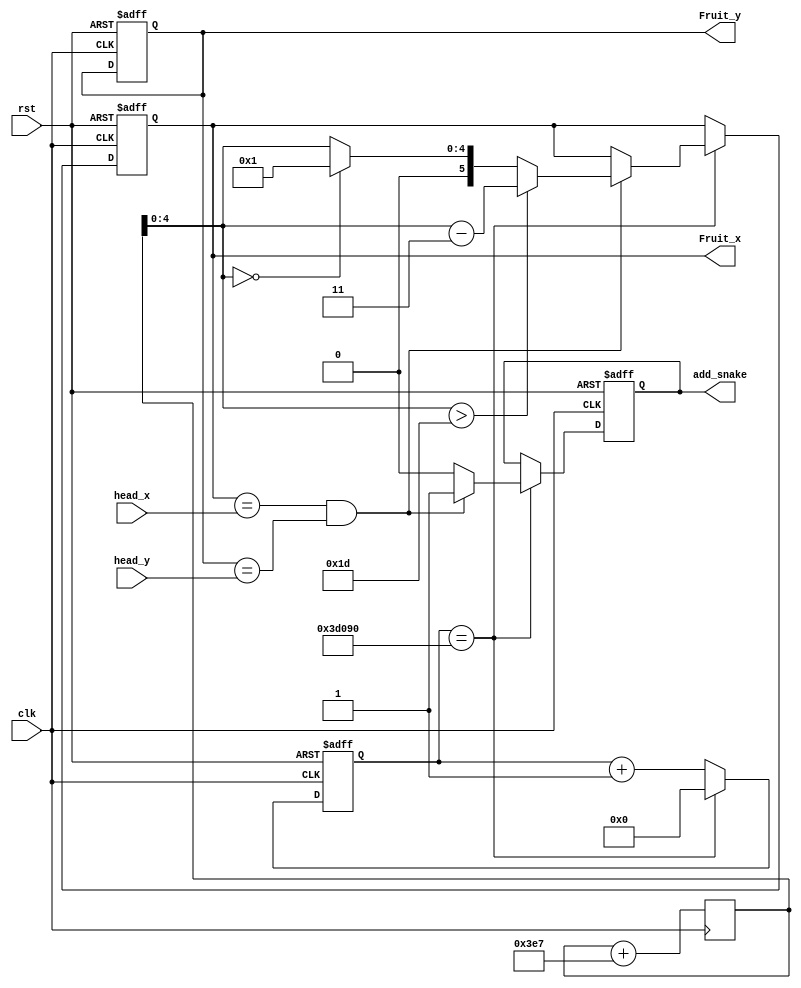
`timescale 1ns / 1ps
//////////////////////////////////////////////////////////////////////////////////
// Company: 
// Engineer: 
// 
// Design Name: 
// Module Name: Fruit_generate
// Project Name: 
// Target Devices: 
// Tool Versions: 
// Description:  
// 
// Dependencies: 
// 
// Revision:
// Revision 0.01 - File Created
// Additional Comments:
// 
//////////////////////////////////////////////////////////////////////////////////


//
module Fruit_generate
(
	input clk,
	input rst,
	
	input [5:0]head_x, //  
	input [5:0]head_y,
	output reg [5:0]Fruit_x,
	output reg [4:0]Fruit_y,
	output reg add_snake
);

	reg [31:0]clk_cnt;
	reg [10:0]random_num;
	
	always@(posedge clk)
		random_num <= random_num + 999; ///// ??????
		//  11     x 6 ,  y5
	
	always@(posedge clk or negedge rst) begin
		if(!rst) begin
			clk_cnt <= 0;
			Fruit_x <= 13;
			Fruit_y <= 9;
			add_snake <= 0;
		end
		else begin
			clk_cnt <= clk_cnt+1;
			if(clk_cnt == 250_000) begin
				clk_cnt <= 0;
				if(Fruit_x == head_x && Fruit_y == head_y) begin // 
					add_snake <= 1;
					Fruit_x <= (random_num[10:5] > 39) ? (random_num[10:5] - 25) : (random_num[10:5] == 0) ? 1 : random_num[10:5];
					Fruit_x <= (random_num[4:0] > 29) ? (random_num[4:0] - 3) : (random_num[4:0] == 0) ? 1:random_num[4:0];
				end  
				else
					add_snake <= 0;
			end
		end
	end
endmodule